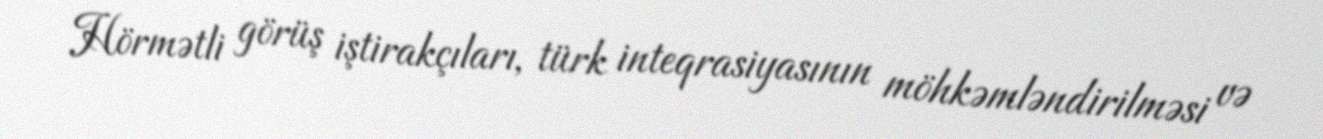
Hörmətli görüş iştirakçıları, türk inteqrasiyasının möhkəmləndirilməsi və